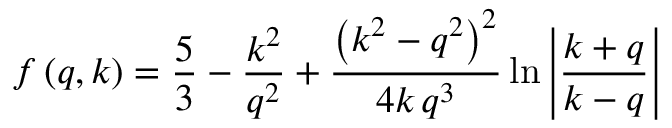
f \left( q , k \right) = \frac { 5 } { 3 } - \frac { k ^ { 2 } } { q ^ { 2 } } + \frac { \left( k ^ { 2 } - q ^ { 2 } \right) ^ { 2 } } { 4 k \, q ^ { 3 } } \ln \left\vert \frac { k + q } { k - q } \right\vert \,